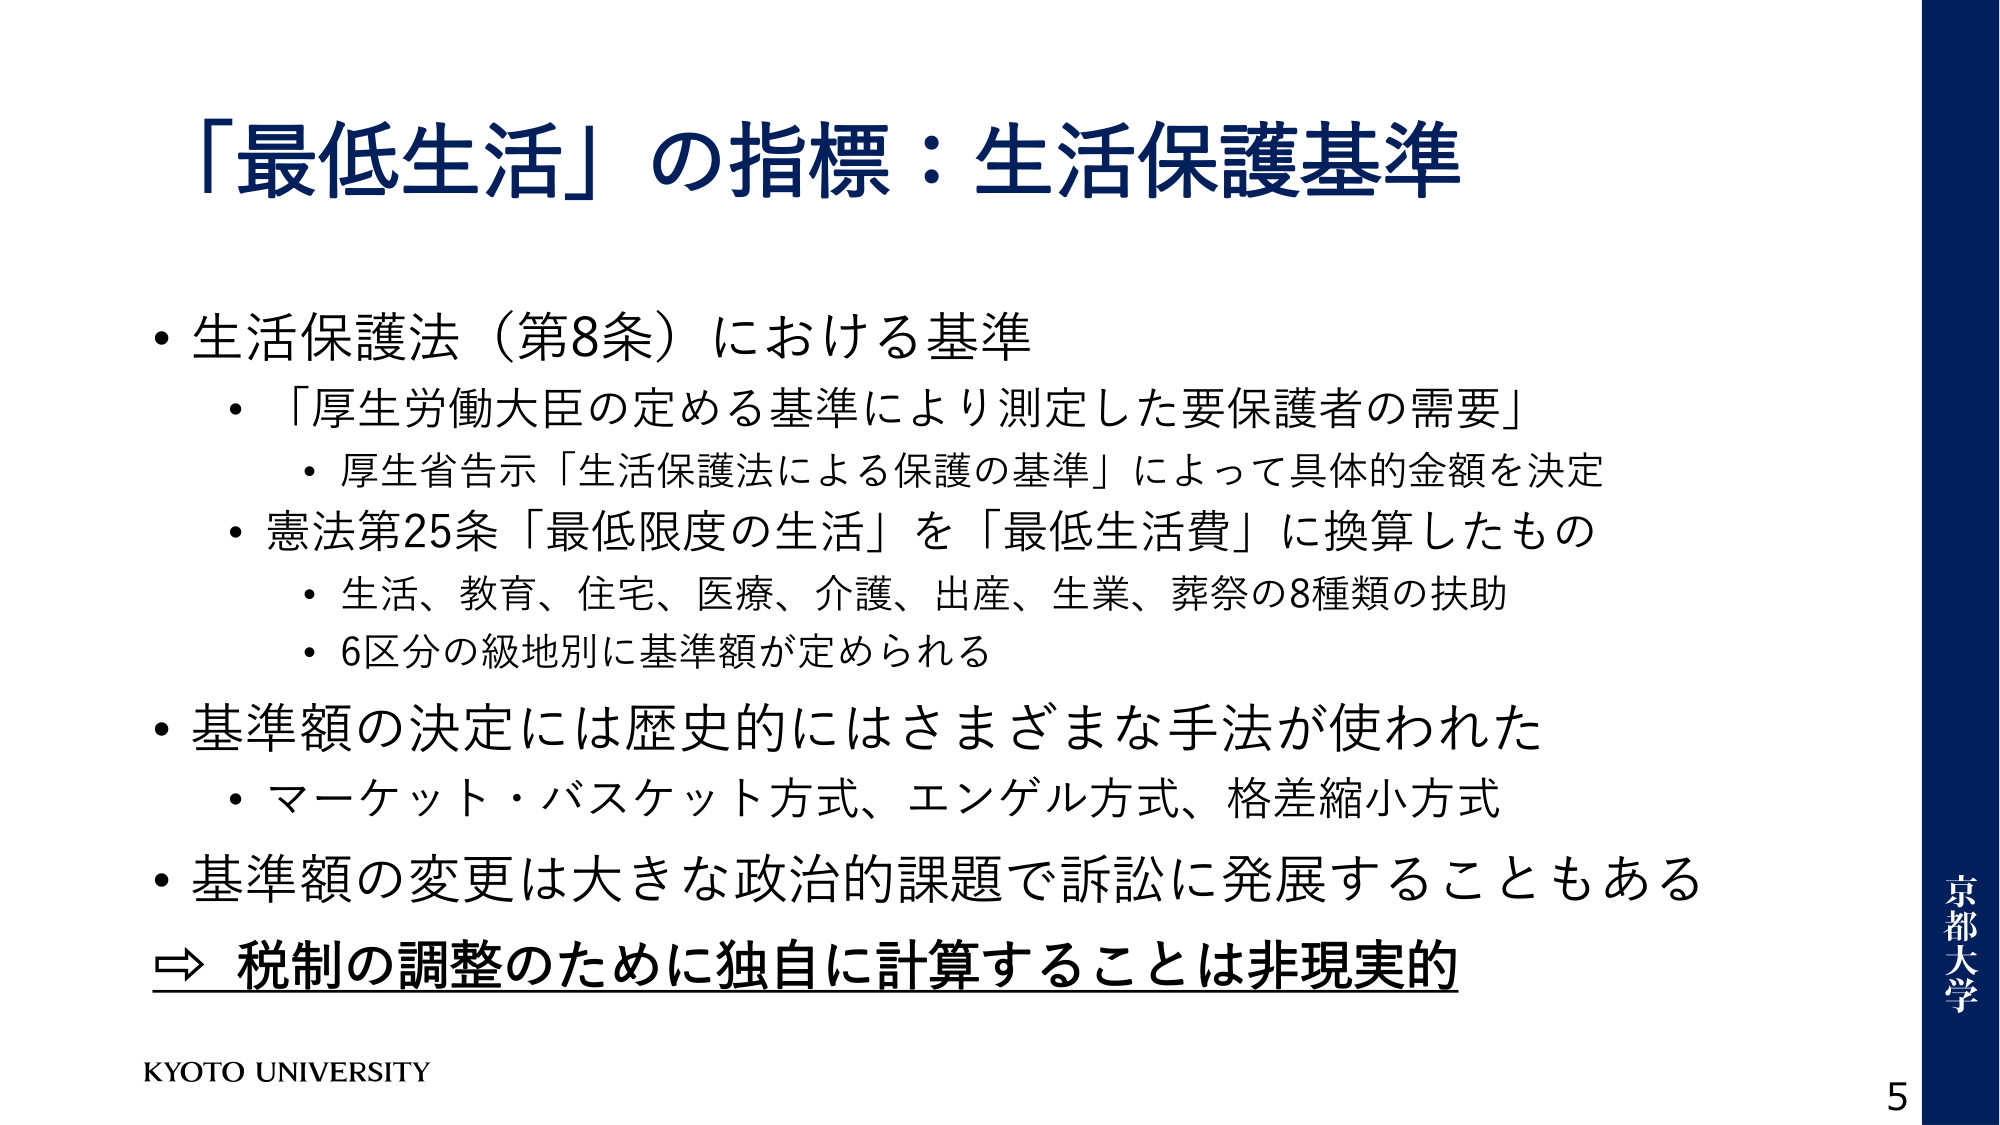
「最低生活」の指標：生活保護基準

・生活保護法（第8条）における基準
　・「厚生労働大臣の定める基準により測定した要保護者の需要」
　　・厚生省告示「生活保護法による保護の基準」によって具体的金額を決定
　・憲法第25条「最低限度の生活」を「最低生活費」に換算したもの
　　・生活、教育、住宅、医療、介護、出産、生業、葬祭の8種類の扶助
　　・6区分の級地別に基準額が定められる

・基準額の決定には歴史的にはさまざまな手法が使われた
　・マーケット・バスケット方式、エンゲル方式、格差縮小方式

・基準額の変更は大きな政治的課題で訴訟に発展することもある
⇒ 税制の調整のために独自に計算することは非現実的

KYOTO UNIVERSITY
京都大学
5